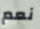
نعم